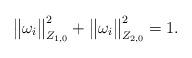
LaTeX: \begin{align*}\big\lVert \omega_i \big\rVert^2_{Z_{1,0}} +\big\lVert \omega_i \big\rVert^2_{Z_{2,0}} = 1 .\end{align*}